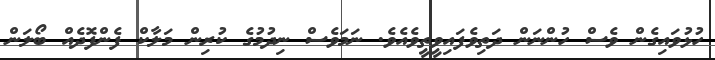
ހުޅުވައިގެން ވެސް ހުންނަން ދަތިވެފައިވީތީވެއެވެ. ނަމަވެސް ނިދުމުގެ ކުރިން މަލާކް ފެންފޮދެއް ބޯލަން